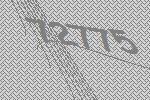
72775